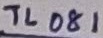
Text: TL081